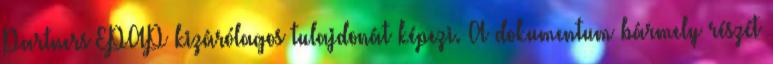
Partners EPAP kizárólagos tulajdonát képezi. A dokumentum bármely részét